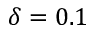
\delta = 0 . 1